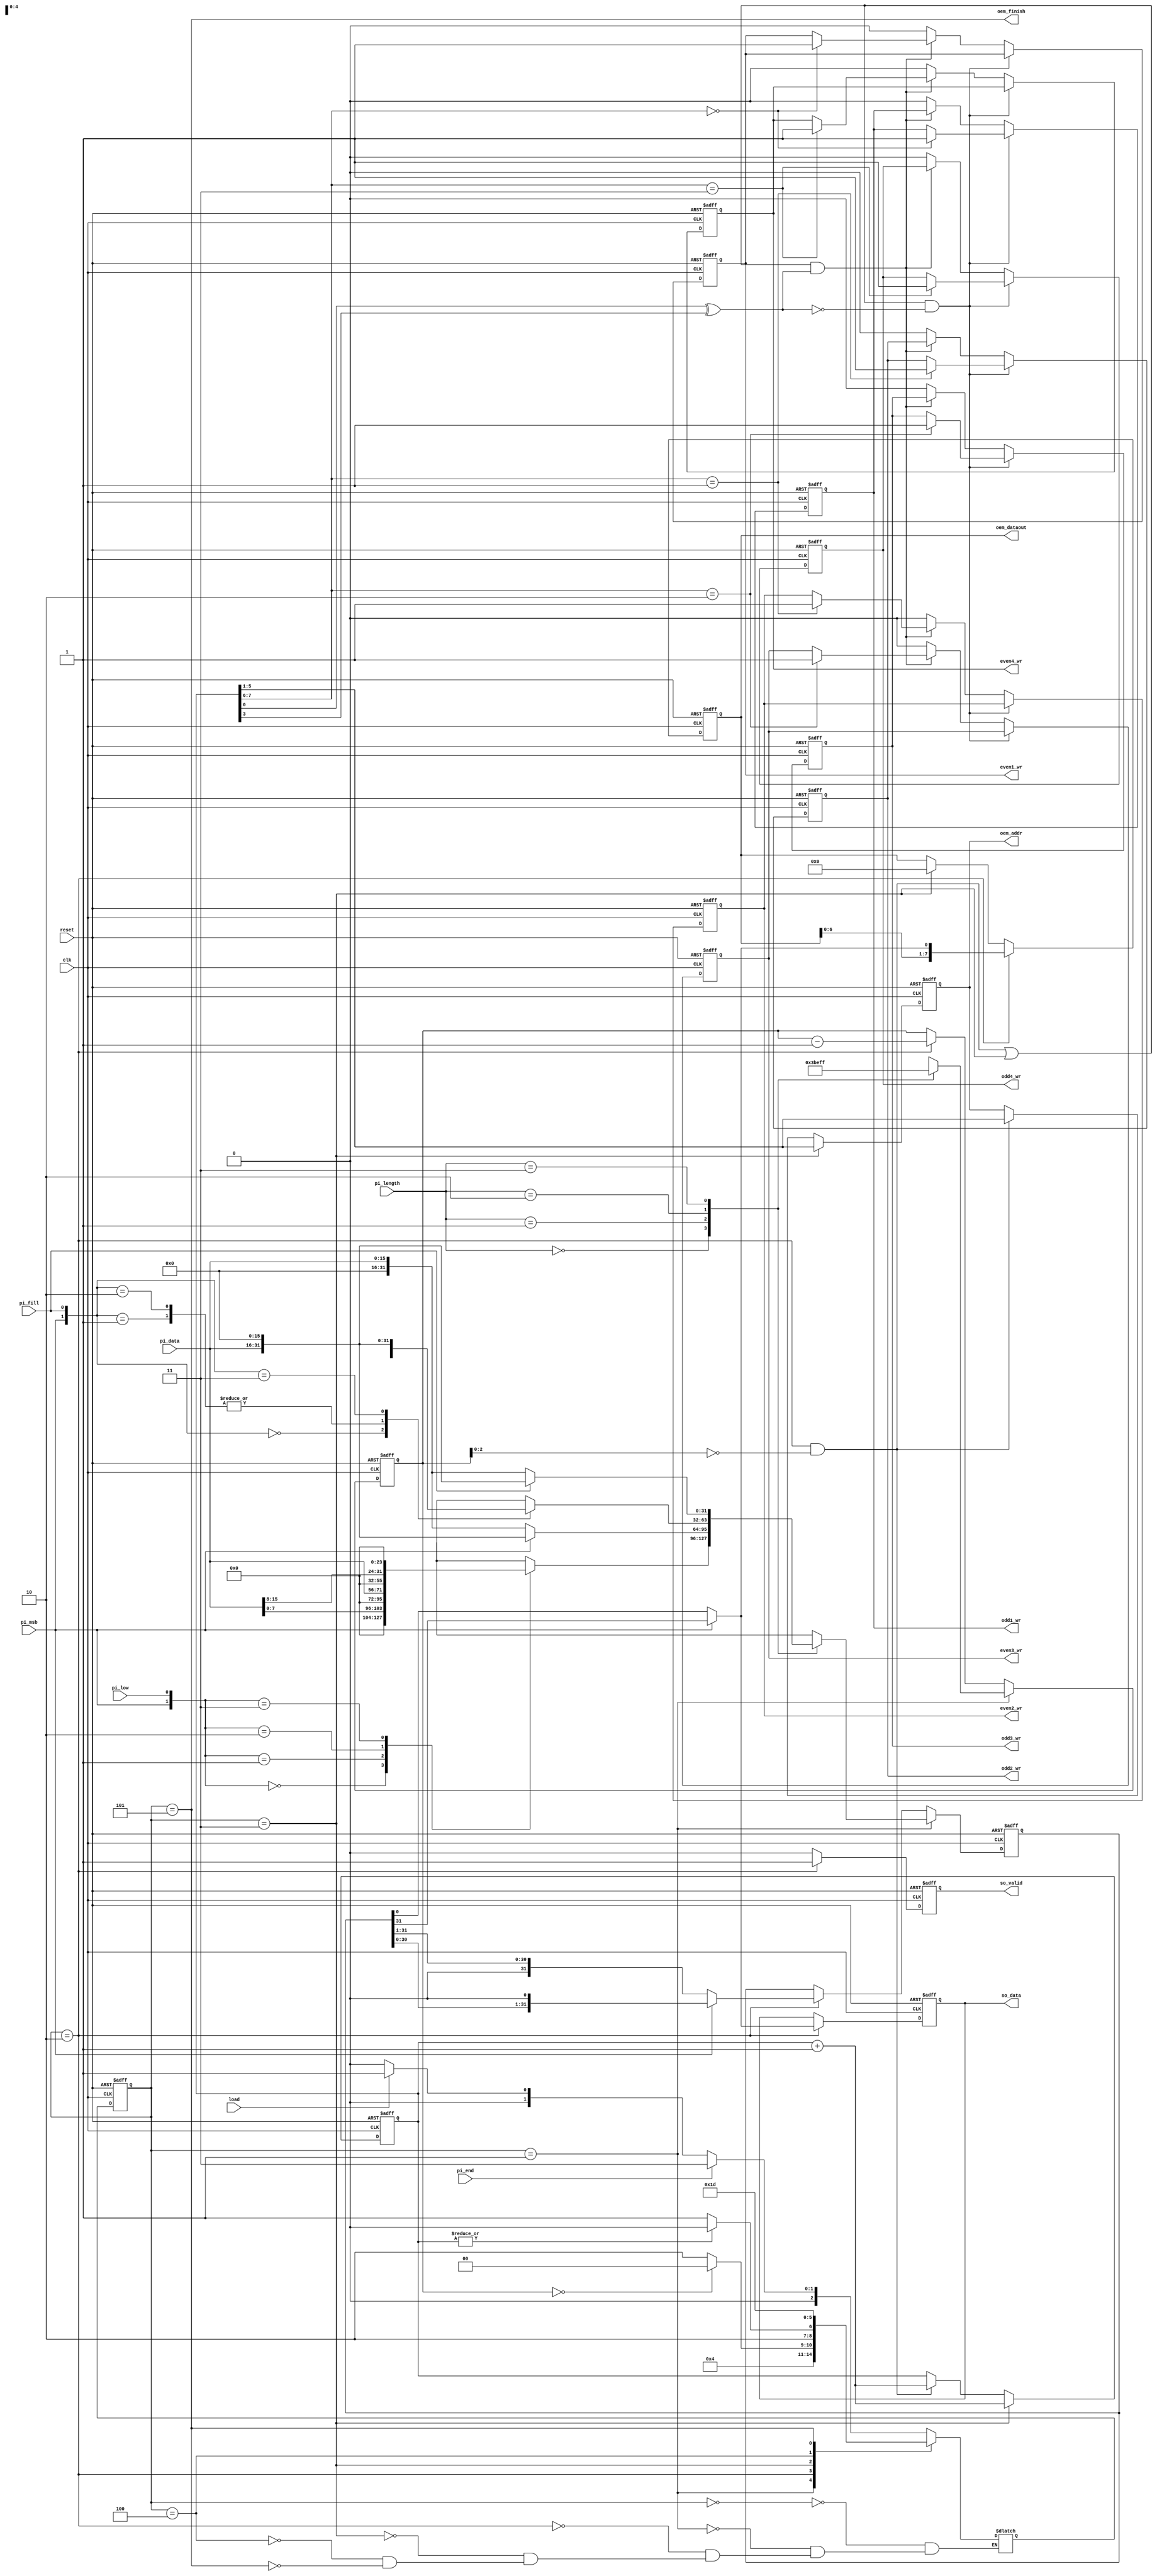
module STI_DAC(clk ,reset, load, pi_data, pi_length, pi_fill, pi_msb, pi_low, pi_end,
	       so_data, so_valid,
	       oem_finish, oem_dataout, oem_addr,
	       odd1_wr, odd2_wr, odd3_wr, odd4_wr, even1_wr, even2_wr, even3_wr, even4_wr);

	input				clk;
	input				reset;
	input				load;
	input				pi_msb;
	input				pi_low;
	input				pi_end; 
	input		[15:0]	pi_data;
	input		[1:0]	pi_length;
	input				pi_fill;

	output reg			so_data;
	output reg			so_valid;

	output  			oem_finish;
	output  reg			odd1_wr;
	output  reg			odd2_wr;
	output  reg			odd3_wr;
	output  reg			odd4_wr;
	output  reg			even1_wr;
	output  reg			even2_wr;
	output  reg			even3_wr;
	output  reg			even4_wr;

	output	reg	[4:0] 	oem_addr;
	output 	reg	[7:0] 	oem_dataout;

	reg			[31:0]	data;
	reg			[4:0]	count;

	reg			[7:0]	oem_count;

	reg 		[2:0]	state;
	reg 		[2:0]	nstate;

	parameter READ_STI = 3'd0, 
				CLASSIFY = 3'd1,
				WRITE_STI = 3'd2,
				WRITE_RAM = 3'd3,
				NEXT = 3'd4,
				FINISH = 3'd5;
	
	assign oem_finish = (state == FINISH);

	// RAM ==============================================================

	always @(posedge clk or posedge reset) begin
		if (reset) begin
			odd1_wr <= 1'b0;
			odd2_wr <= 1'b0;
			odd3_wr <= 1'b0;
			odd4_wr <= 1'b0;

			even1_wr <= 1'b0;
			even2_wr <= 1'b0;
			even3_wr <= 1'b0;
			even4_wr <= 1'b0;
		end
		else if (((state == WRITE_STI && count[2:0] == 3'b0) || state == WRITE_RAM) && (~(oem_count[0] ^ oem_count[3]))) begin
			case(oem_count[7:6])
				2'b00: odd1_wr <= 1'b1;
				2'b01: odd2_wr <= 1'b1;
				2'b10: odd3_wr <= 1'b1;
				2'b11: odd4_wr <= 1'b1;
			endcase
		end
		else if (((state == WRITE_STI && count[2:0] == 3'b0) || state == WRITE_RAM) && ((oem_count[0] ^ oem_count[3]))) begin
			case(oem_count[7:6])
				2'b00: even1_wr <= 1'b1;
				2'b01: even2_wr <= 1'b1;
				2'b10: even3_wr <= 1'b1;
				2'b11: even4_wr <= 1'b1;
			endcase
		end	
		else begin
			odd1_wr <= 1'b0;
			odd2_wr <= 1'b0;
			odd3_wr <= 1'b0;
			odd4_wr <= 1'b0;

			even1_wr <= 1'b0;
			even2_wr <= 1'b0;
			even3_wr <= 1'b0;
			even4_wr <= 1'b0;
		end
	end

	always @(posedge clk or posedge reset) begin
		if (reset) begin
			oem_addr <= 5'b0;
		end
		else if (state == WRITE_RAM) begin
			oem_addr <= oem_count[5:1];
		end
		else if (state == WRITE_STI && count[2:0] == 3'b0) begin
			oem_addr <= oem_count[5:1];
		end
	end

	always @(posedge clk or posedge reset) begin
		if (reset) begin
			oem_count <= 8'b0;
		end
		else if (state == WRITE_RAM) begin
			oem_count <= oem_count + 8'b1;
		end
		else if (state == WRITE_STI && count[2:0] == 3'b0) begin
			oem_count <= oem_count + 8'b1;
		end
	end

	always @(posedge clk or posedge reset) begin
		if (reset) begin
			oem_dataout <= 8'b0;
		end
		else if (state == WRITE_STI) begin
			oem_dataout <= (pi_msb) ? {oem_dataout[6:0], data[31]} : {oem_dataout[6:0], data[0]};
		end
		else if (state == WRITE_RAM) begin
			oem_dataout <= 8'b0;
		end
	end

	// STI ==============================================================

	always @(posedge clk or posedge reset) begin
		if (reset) begin
			data <= 32'b0;
		end
		else if (state == CLASSIFY) begin
			case(pi_length)
				2'b00 : begin
					case({pi_msb, pi_low})
						2'b00 : data <= {24'b0, pi_data[7:0]};
						2'b01 : data <= {24'b0, pi_data[15:8]};
						2'b10 : data <= {pi_data[7:0], 24'b0};
						2'b11 : data <= {pi_data[15:8], 24'b0};
					endcase
				end
				2'b01 : data <= (pi_msb) ? {pi_data, 16'b0} : {16'b0, pi_data};
				2'b10 : begin
					case({pi_msb, pi_fill})
						2'b00 : data <= {16'b0, pi_data};
						2'b01 : data <= {8'b0, pi_data, 8'b0};
						2'b10 : data <= {8'b0, pi_data, 8'b0};
						2'b11 : data <= {pi_data, 16'b0};
					endcase
				end
				2'b11 : data <= (pi_fill) ? {pi_data, 16'b0} : {16'b0, pi_data};
			endcase
		end
		else if (state == WRITE_STI) begin
			data <= (pi_msb) ? {data[30:0], 1'b0} : {1'b0, data[31:1]};
		end
	end

	always @(posedge clk or posedge reset) begin
		if (reset) begin
			count <= 5'b0;
		end
		else if (state == CLASSIFY) begin
			case(pi_length)
				2'b00 : count <= 5'd7;
				2'b01 : count <= 5'd15;
				2'b10 : count <= 5'd23;
				2'b11 : count <= 5'd31;
			endcase
		end
		else if (state == WRITE_STI) begin
			count <= count - 5'b1;
		end
	end

	always @(posedge clk or posedge reset) begin
		if (reset) begin
			so_valid <= 1'b0;
		end
		else if (state == WRITE_STI) begin
			so_valid <= 1'b1;
		end
		else begin
			so_valid <= 1'b0;
		end
	end

	always @(posedge clk or posedge reset) begin
		if (reset) begin
			so_data <= 1'b0;
		end
		else if (state == WRITE_STI) begin
			so_data <= (pi_msb) ? data[31] : data[0];
		end
	end

	always @(*) begin
		case(state)
			READ_STI : begin
				if (pi_end) 	nstate = WRITE_RAM;
				else if (load)	nstate = CLASSIFY;
				else		 	nstate = READ_STI;
			end
			CLASSIFY : nstate = WRITE_STI;
			WRITE_STI: nstate = (count == 5'b0) ? READ_STI : WRITE_STI;
			WRITE_RAM : nstate = (~|oem_count) ? FINISH : NEXT;
			NEXT : nstate = WRITE_RAM;
			FINISH  : nstate = FINISH;
		endcase
	end

	always @(posedge clk or posedge reset) begin
		if (reset)		state <= READ_STI;
		else			state <= nstate;
	end


endmodule